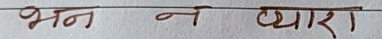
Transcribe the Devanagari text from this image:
भन न प्यारा